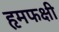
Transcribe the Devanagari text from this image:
हृमफक्षी